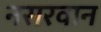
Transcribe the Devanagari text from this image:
नसरवान